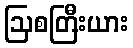
ဩစတြီးယား